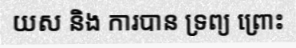
យស និង ការបាន ទ្រព្យ ព្រោះ